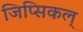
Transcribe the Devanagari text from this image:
जिप्सिकल्